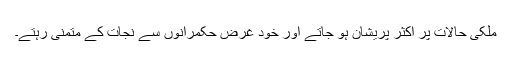
ملکی حالات پر اکثر پریشان ہو جاتے اور خود غرض حکمرانوں سے نجات کے متمنی رہتے۔